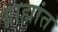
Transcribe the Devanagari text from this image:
ब्राह्मांत